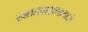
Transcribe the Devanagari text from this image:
रक्ततपासणामध्ये